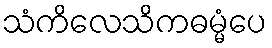
သံကိလေသိကဓမ္မံပေ